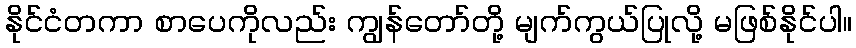
နိုင်ငံတကာ စာပေကိုလည်း ကျွန်တော်တို့ မျက်ကွယ်ပြုလို့ မဖြစ်နိုင်ပါ။